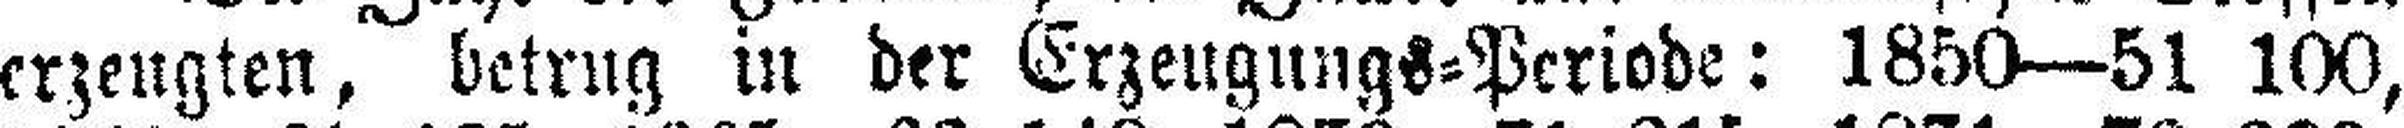
erzeugten, betrug in der Erzeugungs=Periode: 1850—51 100,